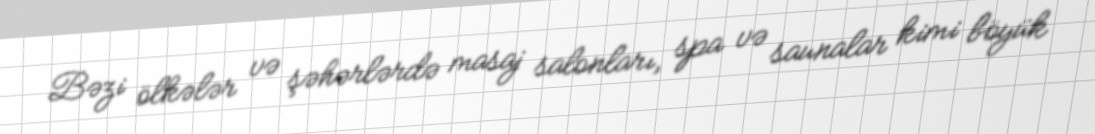
Bəzi ölkələr və şəhərlərdə masaj salonları, spa və saunalar kimi böyük